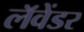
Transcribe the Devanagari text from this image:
लॅवेंडर